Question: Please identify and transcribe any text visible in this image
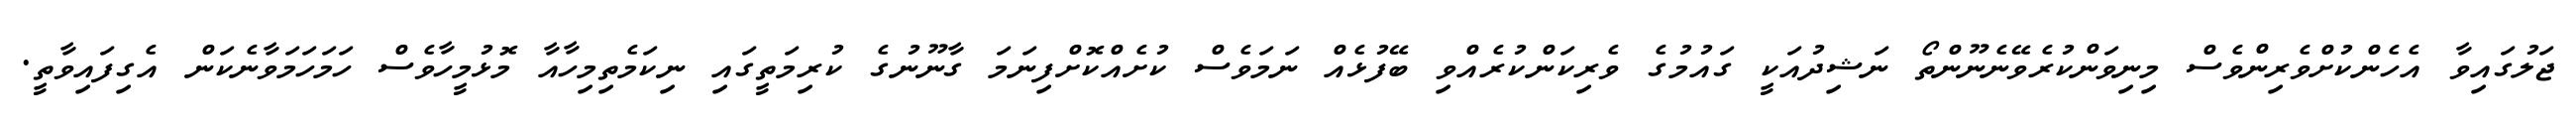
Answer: ޖަލުގައިވާ އެހެންކުށްވެރިންވެސް މިނިވަންކުރެވޭނެނޫންތޯ ނަޝިދުއަކީ ގައުމުގެ ވެރިކަންކުރެއްވި ބޭފުޅެއް ނަމަވެސް ކުށެއްކޮށްފިނަމަ ގާނޫނުގެ ކުރިމަތީގައި ނިކަމެތިމިހާއާ މޮޅުމީހާވެސް ހަމަހަމަވާނެކަން އެގިފައިވާތީ.